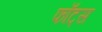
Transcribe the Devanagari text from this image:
फाँट्‌स